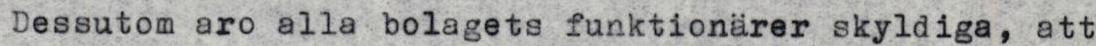
Dessutom aro alla bolagets funktionärer skyldiga, att